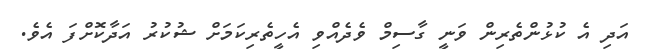
އަދި އެ ކުޅުންތެރިން ވަނީ ގާސިމް ވެދެއްވި އެހީތެރިކަމަށް ޝުކުރު އަދާކޮށްފަ އެވެ.